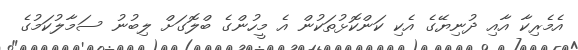
އެމެރިކާ އާއި ދުނިޔޭގެ އެކި ކަންކޮޅުތަކުން އެ މީހުންގެ ބްލޮގަށް ލިބުނު ސަމާލުކަމުގެ